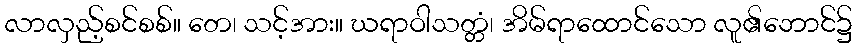
လာလှည့်စင်စစ်။ တေ၊ သင့်အား။ ဃရာဝါသတ္တံ၊ အိမ်ရာထောင်သော လူ၏ဘောင်၌